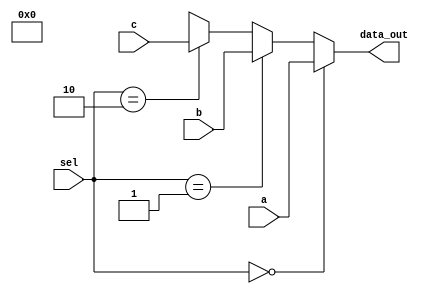
module mux3x1(
    input [63:0] a, b, c,
    input [1:0] sel,
    output reg [63:0] data_out   
);

always @(*) begin
    if (sel == 2'b00) begin    // If sel is 00, select input A
        data_out = a;
    end
    else if (sel == 2'b01) begin    // If sel is 01, select input B
        data_out = b;
    end
    else if (sel == 2'b10) begin    // If sel is 10, select input C
        data_out = c;
    end
    else begin    // For all other cases, output X (undefined)
        data_out = 2'bX;
    end
end


endmodule